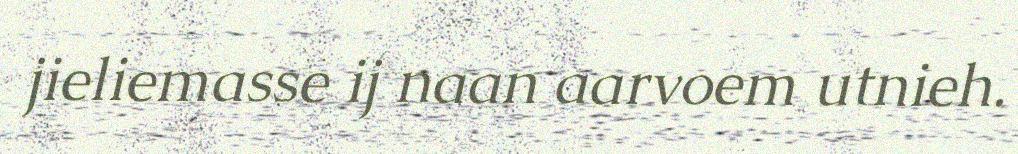
jieliemasse ij naan aarvoem utnieh.